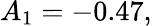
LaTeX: A_{1}=-0.47,